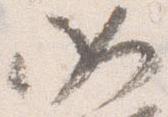
如